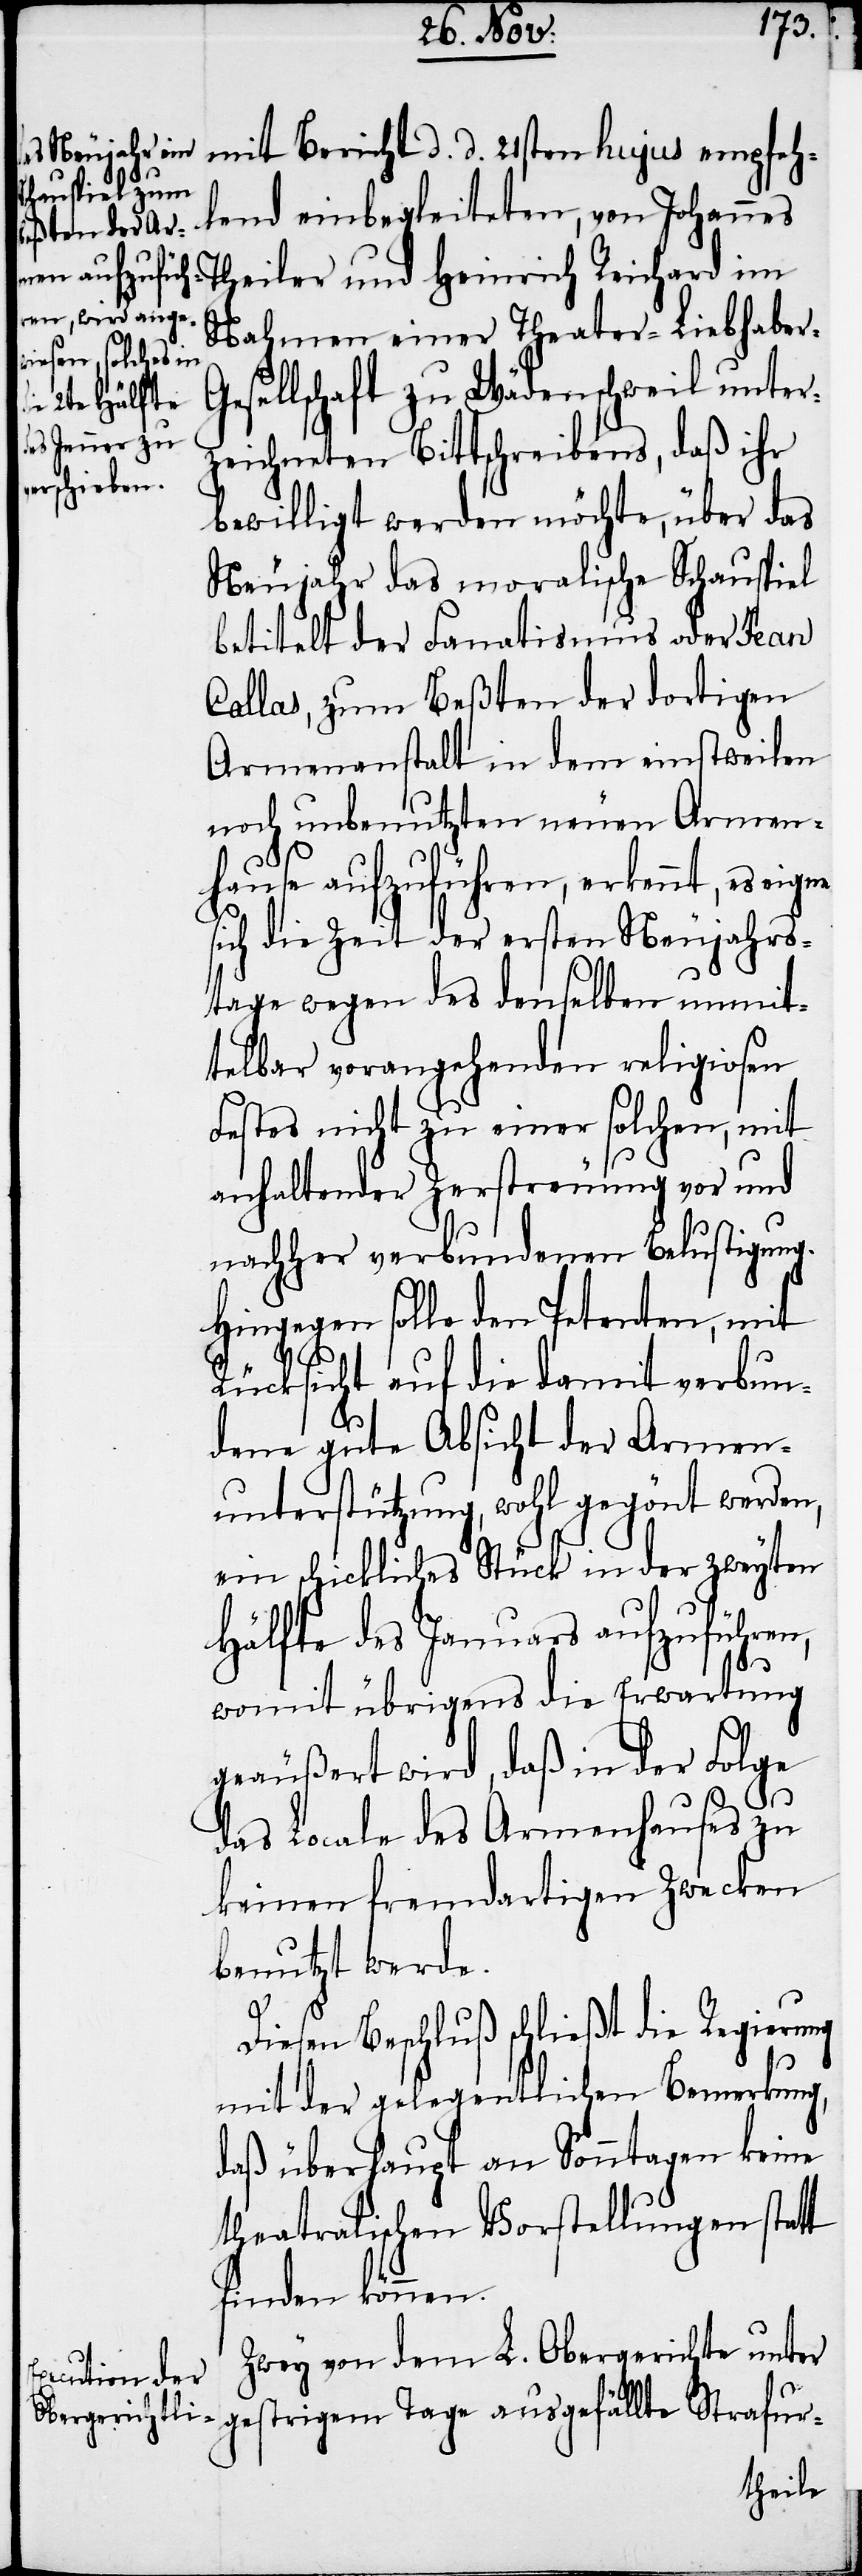
hujus empfeh¬
lend einbegleiteten, von Johannes
Theiler und Heinrich Reinhard im
Nahmen einer Theater-Liebhaber-G¬
esellschaft zu Wädenschweil unter¬
ausgefällte
zeichneten Bittschreibens, daß ihr
bewilligt werden möchte, über das
Neujahr das moralische Schauspiel
betitelt der Fanatismus oder Jean
Callas, zum Beßten der dortigen
Armenanstalt in dem einstweilen
noch unbenutzten neuen Armen¬
hause aufzuführen, erkennt, es eigne
sich die Zeit der ersten Neujahrs¬
tage wegen des denselben unmit¬
telbar vorangehenden religiosen
Festes nicht zu einer solchen, mit
anhaltender Zerstreuung vor und
nachher verbundenen Belustigung.
Hingegen solle den Petenten, mit
Rücksicht auf die damit verbun¬
dene gute Absicht der Armen¬
unterstützung, wohl gegönt werden,
ein schickliches Stück in der zweyten
Hälfte des Januars aufzuführen,
d.
womit übrigens die Erwartung
geäußert wird, daß in der Folge
das Locale des Armenhauses zu
keinen fremdartigen Zwecken
benutzt werde.
Diesen Beschluß schließt die Regierung
mit der gelegentlichen Bemerkung,
daß überhaupt an Sonntagen keine
theatralischen Vorstellungen statt
finden können.
Zwey von dem L. Obergerichte unter